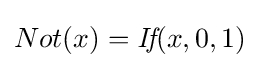
Not(x)={\textit {If}}(x,0,1)